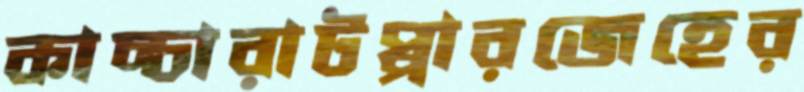
কাচ্চারাটপ্পারজেহের